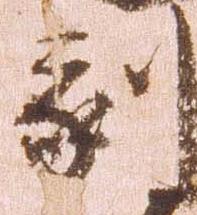
刻